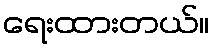
ရေးထားတယ်။